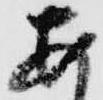
あ